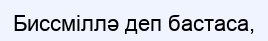
Биссміллә деп бастаса,